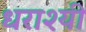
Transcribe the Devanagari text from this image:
धराश्यी